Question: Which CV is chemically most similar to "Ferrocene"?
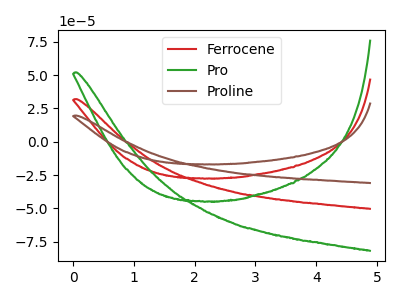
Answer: <think>The red curve "Ferrocene" has no peaks. The green curve "Pro" has no peaks. The brown curve "Proline" has no peaks.
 Neither "Ferrocene" or "Pro" have any peaks. Neither "Ferrocene" or "Proline" have any peaks. Neither "Pro" or "Proline" have any peaks.</think>
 <answer>"Ferrocene" and "Proline" have a similar shape to "Pro".</answer>
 <eval>"Ferrocene" "Proline"</eval>